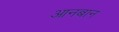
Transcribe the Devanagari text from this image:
आनबान